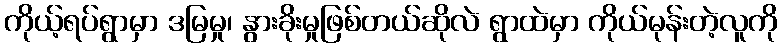
ကိုယ့်ရပ်ရွာမှာ ဒမြမှု၊ နွားခိုးမှုဖြစ်တယ်ဆိုလဲ ရွာထဲမှာ ကိုယ်မုန်းတဲ့လူကို